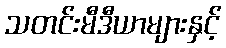
သတင်းမီဒီယာများနှင့်